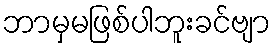
ဘာမှမဖြစ်ပါဘူးခင်ဗျာ